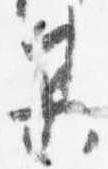
某